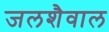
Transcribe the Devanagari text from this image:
जलशैवाल